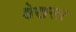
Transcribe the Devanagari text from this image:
शेखसर